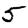
Digit: 5